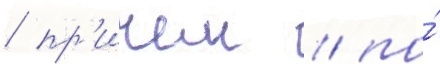
/ пр'ичем / по́